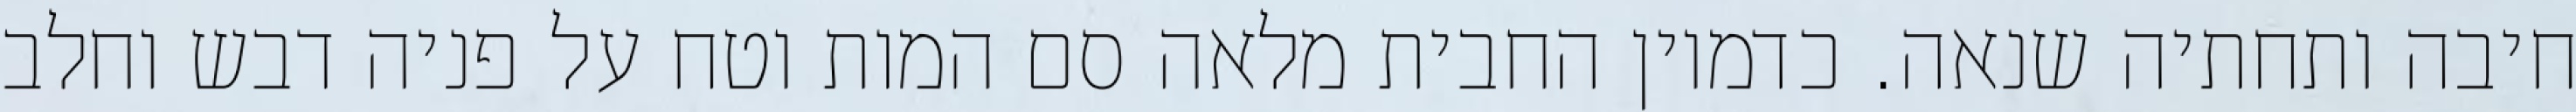
חיבה ותחתיה שנאה. כדמיון החבית מלאה סם המות וטח על פניה דבש וחלב